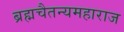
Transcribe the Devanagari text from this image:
ब्रह्मचैतन्यमहाराज